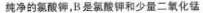
纯净的氯酸钾，B是氯酸钾和少量二氧化锰